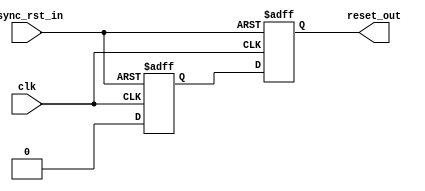
//`default_nettype none

module reset_sync(
    input  wire async_rst_in,
    input  wire clk,
    output wire reset_out);

    reg dff_r, dff_rr;

    always @(posedge clk or posedge async_rst_in) begin
        if (async_rst_in) begin
            dff_r <= 1'b1;
            dff_rr <= 1'b1;

        end else begin
            dff_r <= 1'b0;
            dff_rr <= dff_r;
        end
    end

    assign reset_out = dff_rr;

endmodule